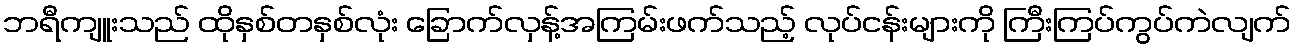
ဘရီကျူးသည် ထိုနှစ်တနှစ်လုံး ခြောက်လှန့်အကြမ်းဖက်သည့် လုပ်ငန်းများကို ကြီးကြပ်ကွပ်ကဲလျက်